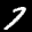
Label: 7